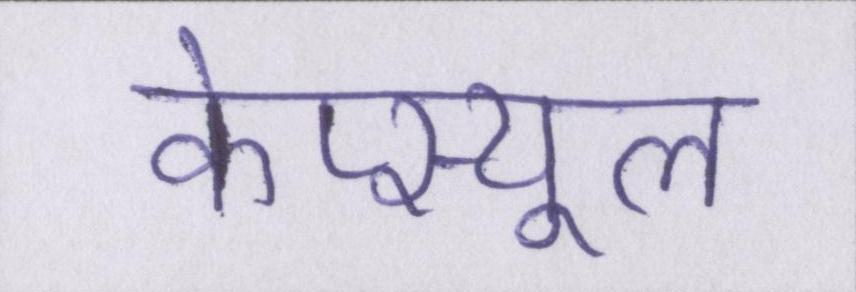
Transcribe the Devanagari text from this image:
केप्स्यूल